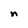
Character: n